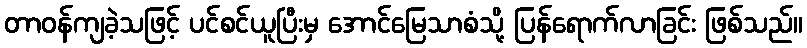
တာဝန်ကျခဲ့သဖြင့် ပင်စင်ယူပြီးမှ အောင်မြေသာစံသို့ ပြန်ရောက်လာခြင်း ဖြစ်သည်။